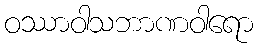
ဝဿာဝါသဘာဏဝါရော